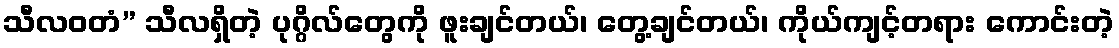
သီလဝတံ” သီလရှိတဲ့ ပုဂ္ဂိလ်တွေကို ဖူးချင်တယ်၊ တွေ့ချင်တယ်၊ ကိုယ်ကျင့်တရား ကောင်းတဲ့